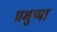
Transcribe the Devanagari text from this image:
प्रभुप्पा